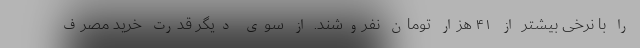
را با نرخی بیشتر از ۴۱ هزار تومان نفروشند. از سوی دیگر قدرت خرید مصرف